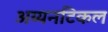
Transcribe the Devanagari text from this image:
अय्यनटिकल